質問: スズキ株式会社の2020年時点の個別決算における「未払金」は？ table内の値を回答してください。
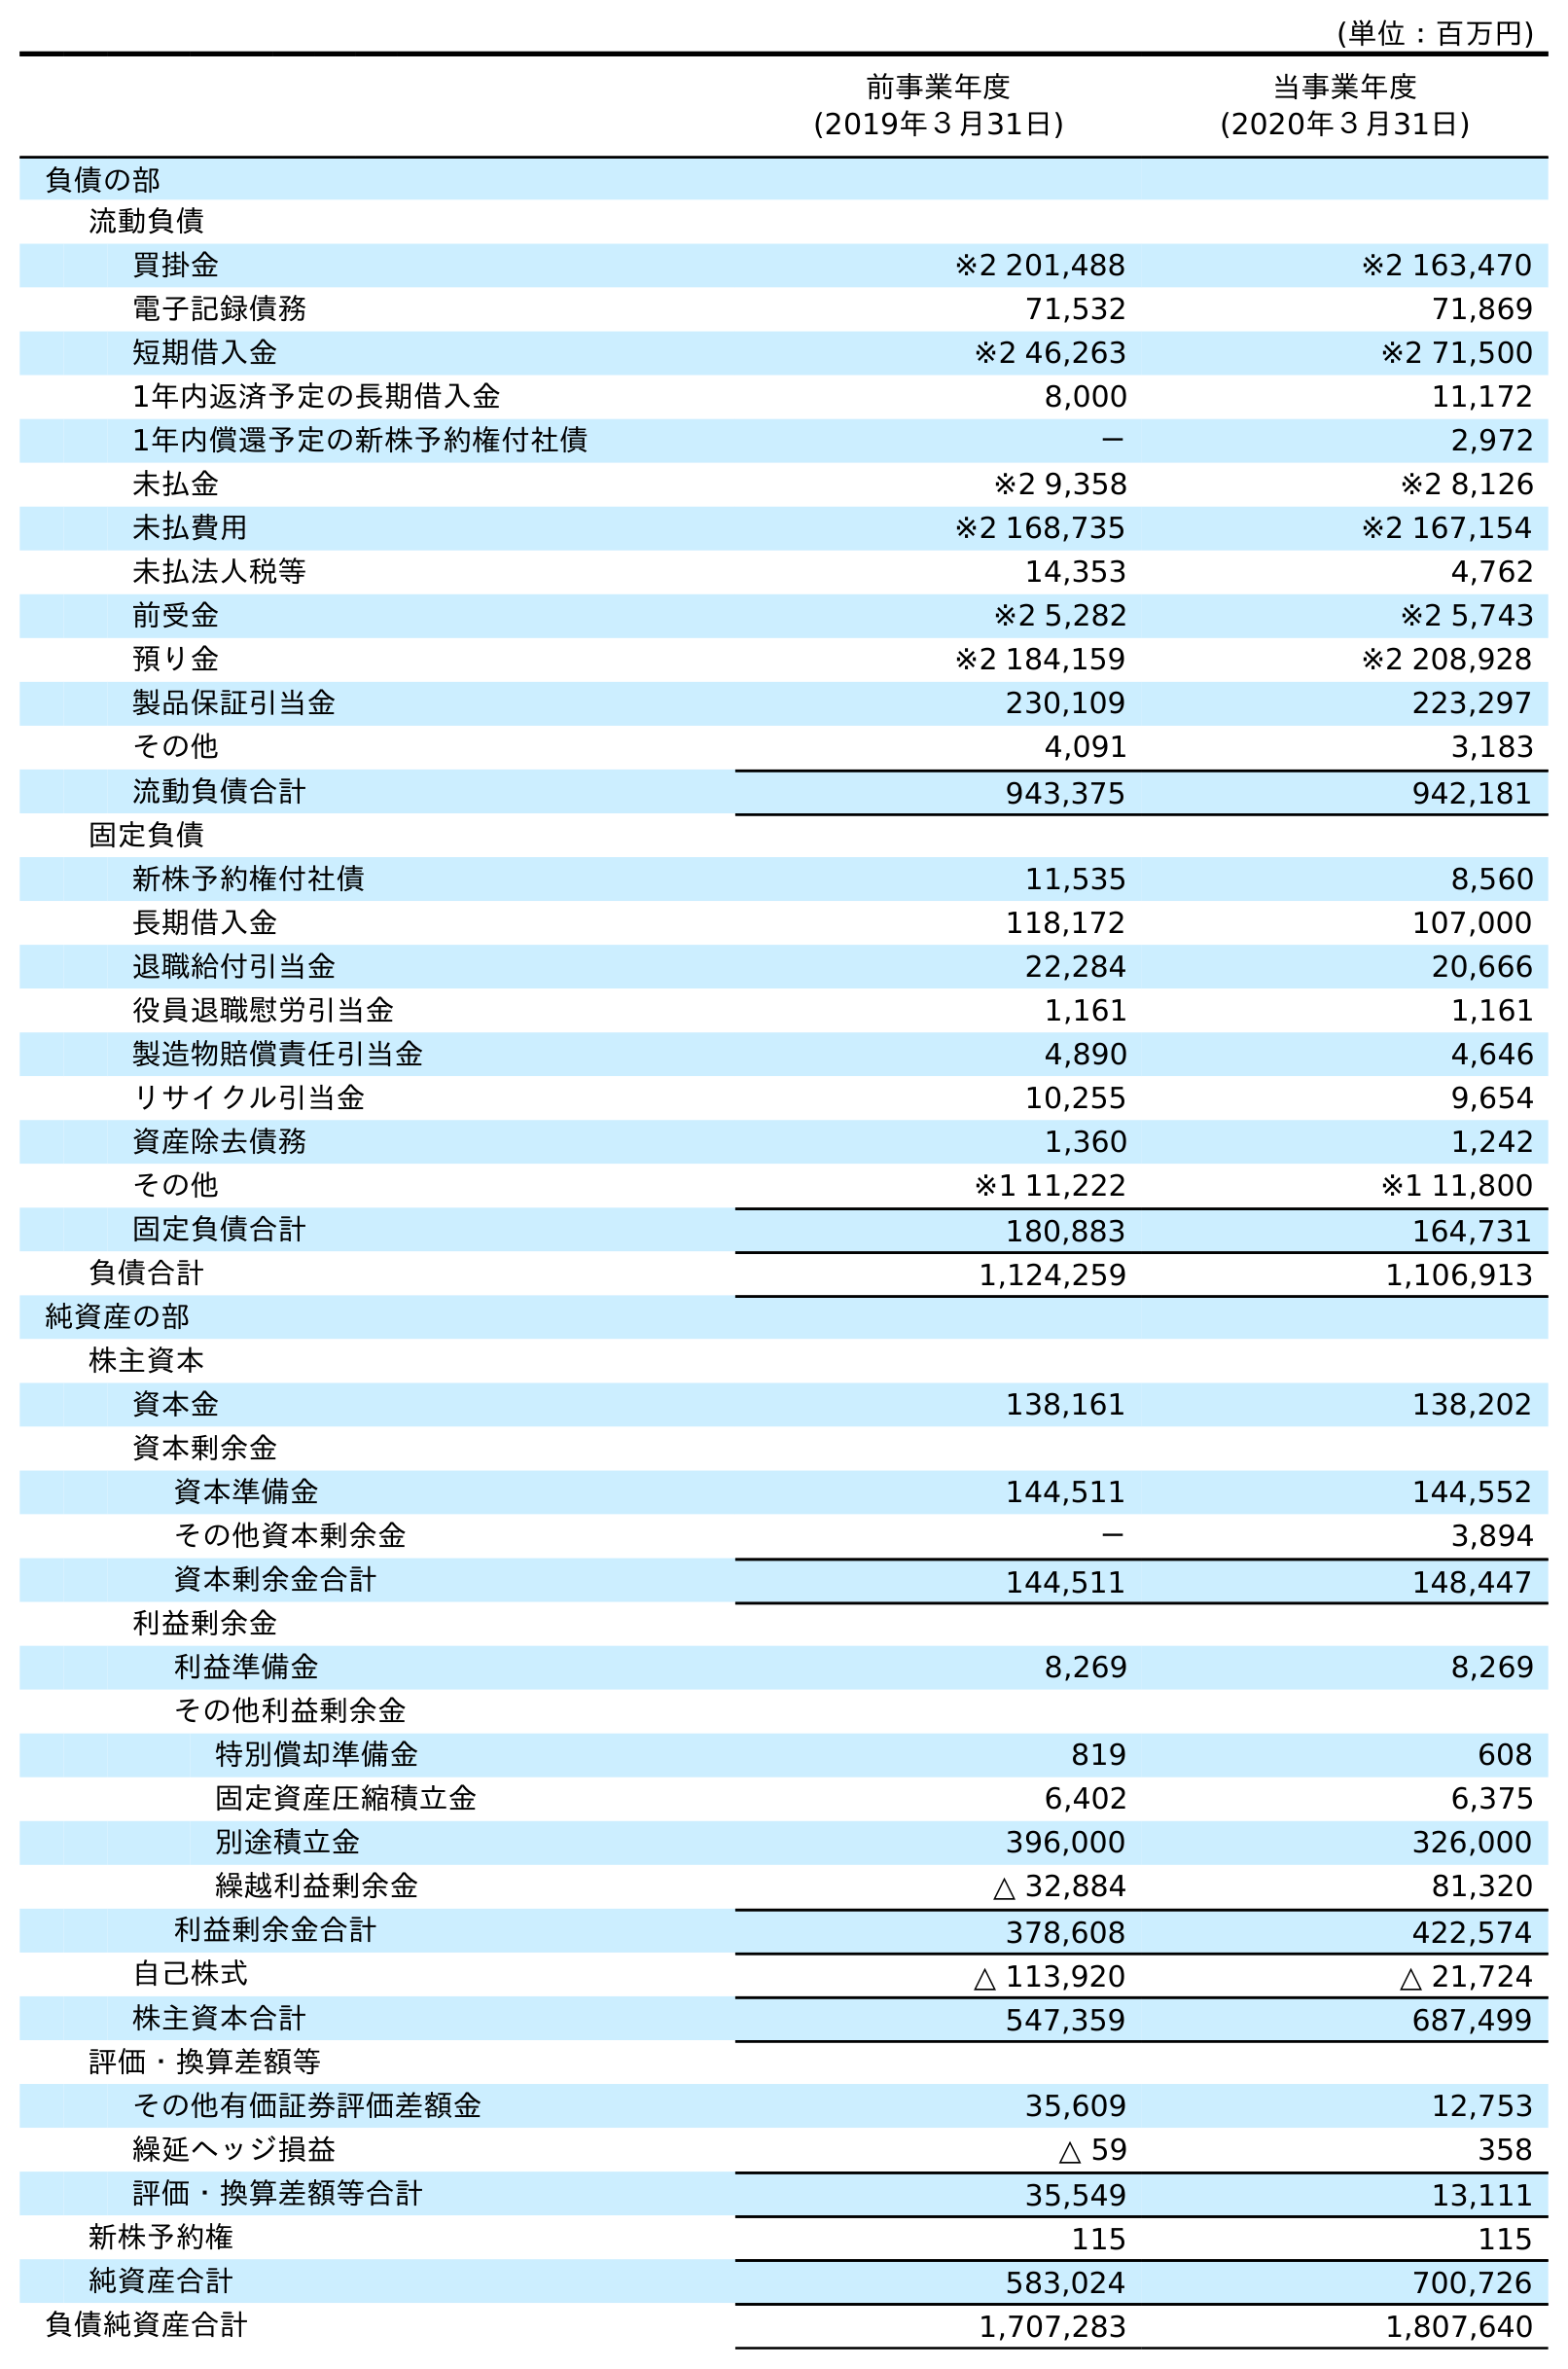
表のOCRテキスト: (単位：百万円) 前事業年度 (2019年３月31日) 当事業年度 (2020年３月31日) 負債の部 流動負債 買掛金 ※2 201,488 ※2 163,470 電子記録債務 71,532 71,869 短期借入金 ※2 46,263 ※2 71,500 1年内返済予定の長期借入金 8,000 11,172 1年内償還予定の新株予約権付社債 － 2,972 未払金 ※2 9,358 ※2 8,126 未払費用 ※2 168,735 ※2 167,154 未払法人税等 14,353 4,762 前受金 ※2 5,282 ※2 5,743 預り金 ※2 184,159 ※2 208,928 製品保証引当金 230,109 223,297 その他 4,091 3,183 流動負債合計 943,375 942,181 固定負債 新株予約権付社債 11,535 8,560 長期借入金 118,172 107,000 退職給付引当金 22,284 20,666 役員退職慰労引当金 1,161 1,161 製造物賠償責任引当金 4,890 4,646 リサイクル引当金 10,255 9,654 資産除去債務 1,360 1,242 その他 ※1 11,222 ※1 11,800 固定負債合計 180,883 164,731 負債合計 1,124,259 1,106,913 純資産の部 株主資本 資本金 138,161 138,202 資本剰余金 資本準備金 144,511 144,552 その他資本剰余金 － 3,894 資本剰余金合計 144,511 148,447 利益剰余金 利益準備金 8,269 8,269 その他利益剰余金 特別償却準備金 819 608 固定資産圧縮積立金 6,402 6,375 別途積立金 396,000 326,000 繰越利益剰余金 △ 32,884 81,320 利益剰余金合計 378,608 422,574 自己株式 △ 113,920 △ 21,724 株主資本合計 547,359 687,499 評価・換算差額等 その他有価証券評価差額金 35,609 12,753 繰延ヘッジ損益 △ 59 358 評価・換算差額等合計 35,549 13,111 新株予約権 115 115 純資産合計 583,024 700,726 負債純資産合計 1,707,283 1,807,640
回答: ※28,126